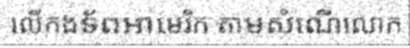
លើកងទ័ពអាមេរិក តាមសំណើលោក